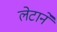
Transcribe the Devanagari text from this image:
लेटाने